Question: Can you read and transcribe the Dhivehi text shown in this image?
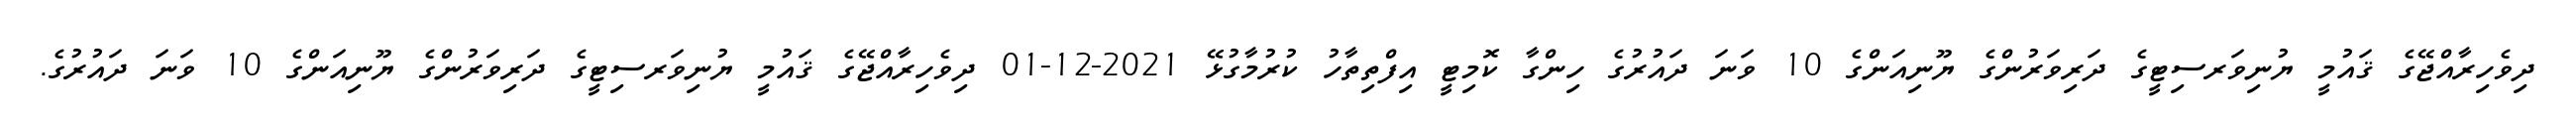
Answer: ދިވެހިރާއްޖޭގެ ޤައުމީ ޔުނިވަރސިޓީގެ ދަރިވަރުންގެ ޔޫނިއަންގެ 10 ވަނަ ދައުރުގެ ހިންގާ ކޮމިޓީ އިފްތިތާހު ކުރުމާގުޅޭ 2021-12-01 ދިވެހިރާއްޖޭގެ ޤައުމީ ޔުނިވަރސިޓީގެ ދަރިވަރުންގެ ޔޫނިއަންގެ 10 ވަނަ ދައުރުގެ.